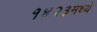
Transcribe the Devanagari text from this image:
१४२३मध्ये